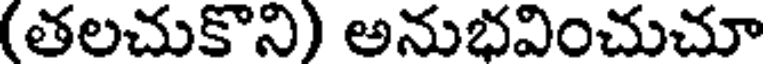
(తలచుకొని) అనుభవించుచూ